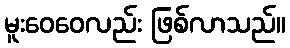
မူးဝေဝေလည်း ဖြစ်လာသည်။